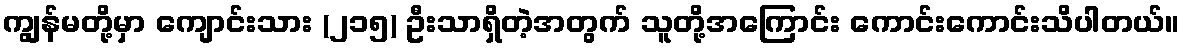
ကျွန်မတို့မှာ ကျောင်းသား (၂၁၅) ဦးသာရှိတဲ့အတွက် သူတို့အကြောင်း ကောင်းကောင်းသိပါတယ်။